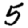
Digit: 5